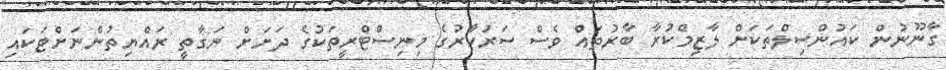
ގާނޫނުން ކައުންސިލްތަކަށް ލާޒިމްކުރާ ބާރުތައް ވެސް ސަރުކާރުގެ މިނިސްޓްރީތަކުގެ ދަށަށް ނަގާތީ ރައްޔިތުންނަށްޓަކައި